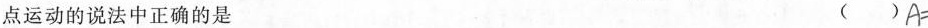
点运动的说法中正确的是 ()A=